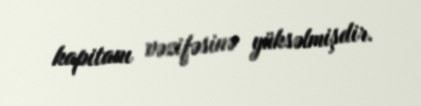
kapitanı vəzifəsinə yüksəlmişdir.